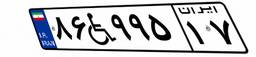
۳۵W۰۲۲۳۰